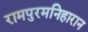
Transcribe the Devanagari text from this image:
रामपुरमनिहारान